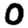
Digit: 0